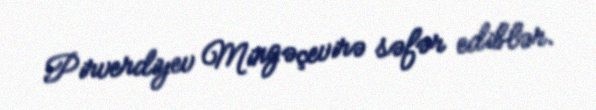
Pirverdiyev Mingəçevirə səfər ediblər.